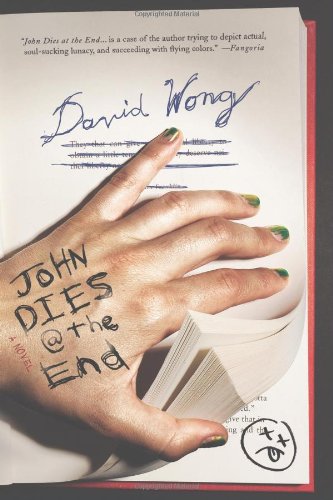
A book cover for John Dies at the End; David Wong; Mystery, Thriller & Suspense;